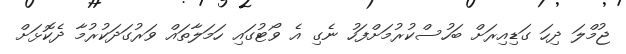
ޖުމްލަ ދިހަ ގަޑިއިރަށް ބަހުސްކުރުމަށްފަހު ނެގި އެ ވޯޓުގައި ހަމަލާތައް ވަރުގަދަކުރުމާ ދެކޮޅަށް